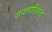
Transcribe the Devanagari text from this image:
रावणाविरुद्ध